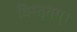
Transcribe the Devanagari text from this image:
विस्तृतम्।